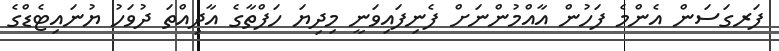
ފަރގަސަން އެންމެ ފަހުން އާއްމުންނަށް ފެނިފައިވަނީ މިދިޔަ ހަފްތާގެ އާދިއްތަ ދުވަހު ޔުނައިޓެޑްގެ